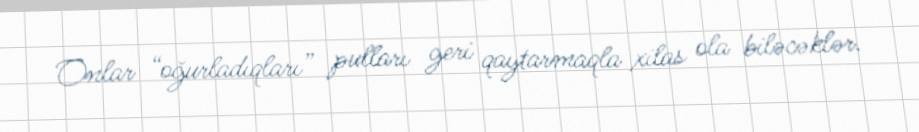
Onlar “oğurladıqları” pulları geri qaytarmaqla xilas ola biləcəklər.